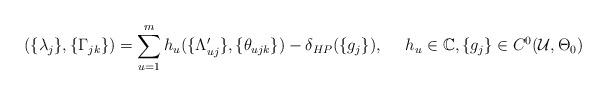
LaTeX: \begin{align*}(\{\lambda_{j}\},\{\Gamma_{jk}\})=\sum_{u=1}^m h_{u}(\{\Lambda_{uj}'\},\{\theta_{ujk}\})-\delta_{HP}(\{g_{j}\}),\,\,\,\,\,\,\,\, h_u\in \mathbb{C}, \{g_j\}\in C^0(\mathcal{U},\Theta_0)\end{align*}